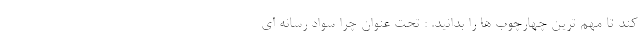
کند تا مهم ترین چهارچوب ها را بدانید. : تحت عنوان چرا سواد رسانه ای